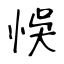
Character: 悞